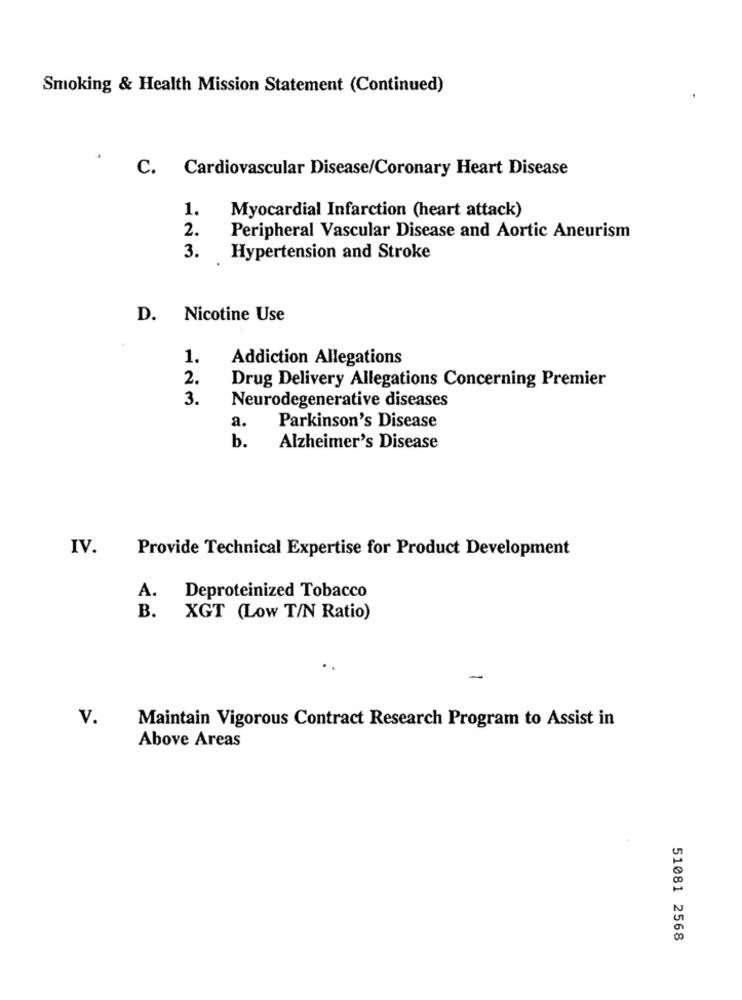
Smoking & Health Mission Statement (Continued)
C. Cardiovascular Disease/Coronary Heart Disease
1.
Myocardial Infarction (heart attack)
2.
Peripheral Vascular Disease and Aortic Aneurism
3.
Hypertension and Stroke
D. Nicotine Use
1.
Addiction Allegations
2.
Drug Delivery Allegations Concerning Premier
3.
Neurodegenerative diseases
a.
Parkinson's Disease
b.
Alzheimer's Disease
IV.
Provide Technical Expertise for Product Development
A.
Deproteinized Tobacco
B.
XGT (Low T/N Ratio)
-
V.
Maintain Vigorous Contract Research Program to Assist in
Above Areas
51081 2568